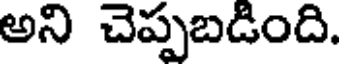
అని చెప్పబడింది.